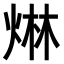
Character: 𤊩